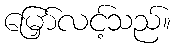
မြှော်လင့်သည်။